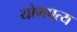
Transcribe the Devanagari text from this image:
योगपत्य